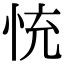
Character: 㤝